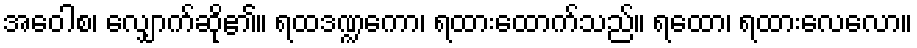
အဝေါစ၊ လျှောက်ဆို၏။ ရထဒဏ္ဍကော၊ ရထားထောက်သည်။ ရထော၊ ရထားလေလော။